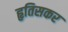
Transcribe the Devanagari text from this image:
हृतिसकर